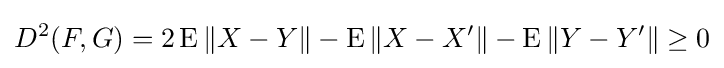
D^{2}(F,G)=2\operatorname {E} \|X-Y\|-\operatorname {E} \|X-X'\|-\operatorname {E} \|Y-Y'\|\geq 0